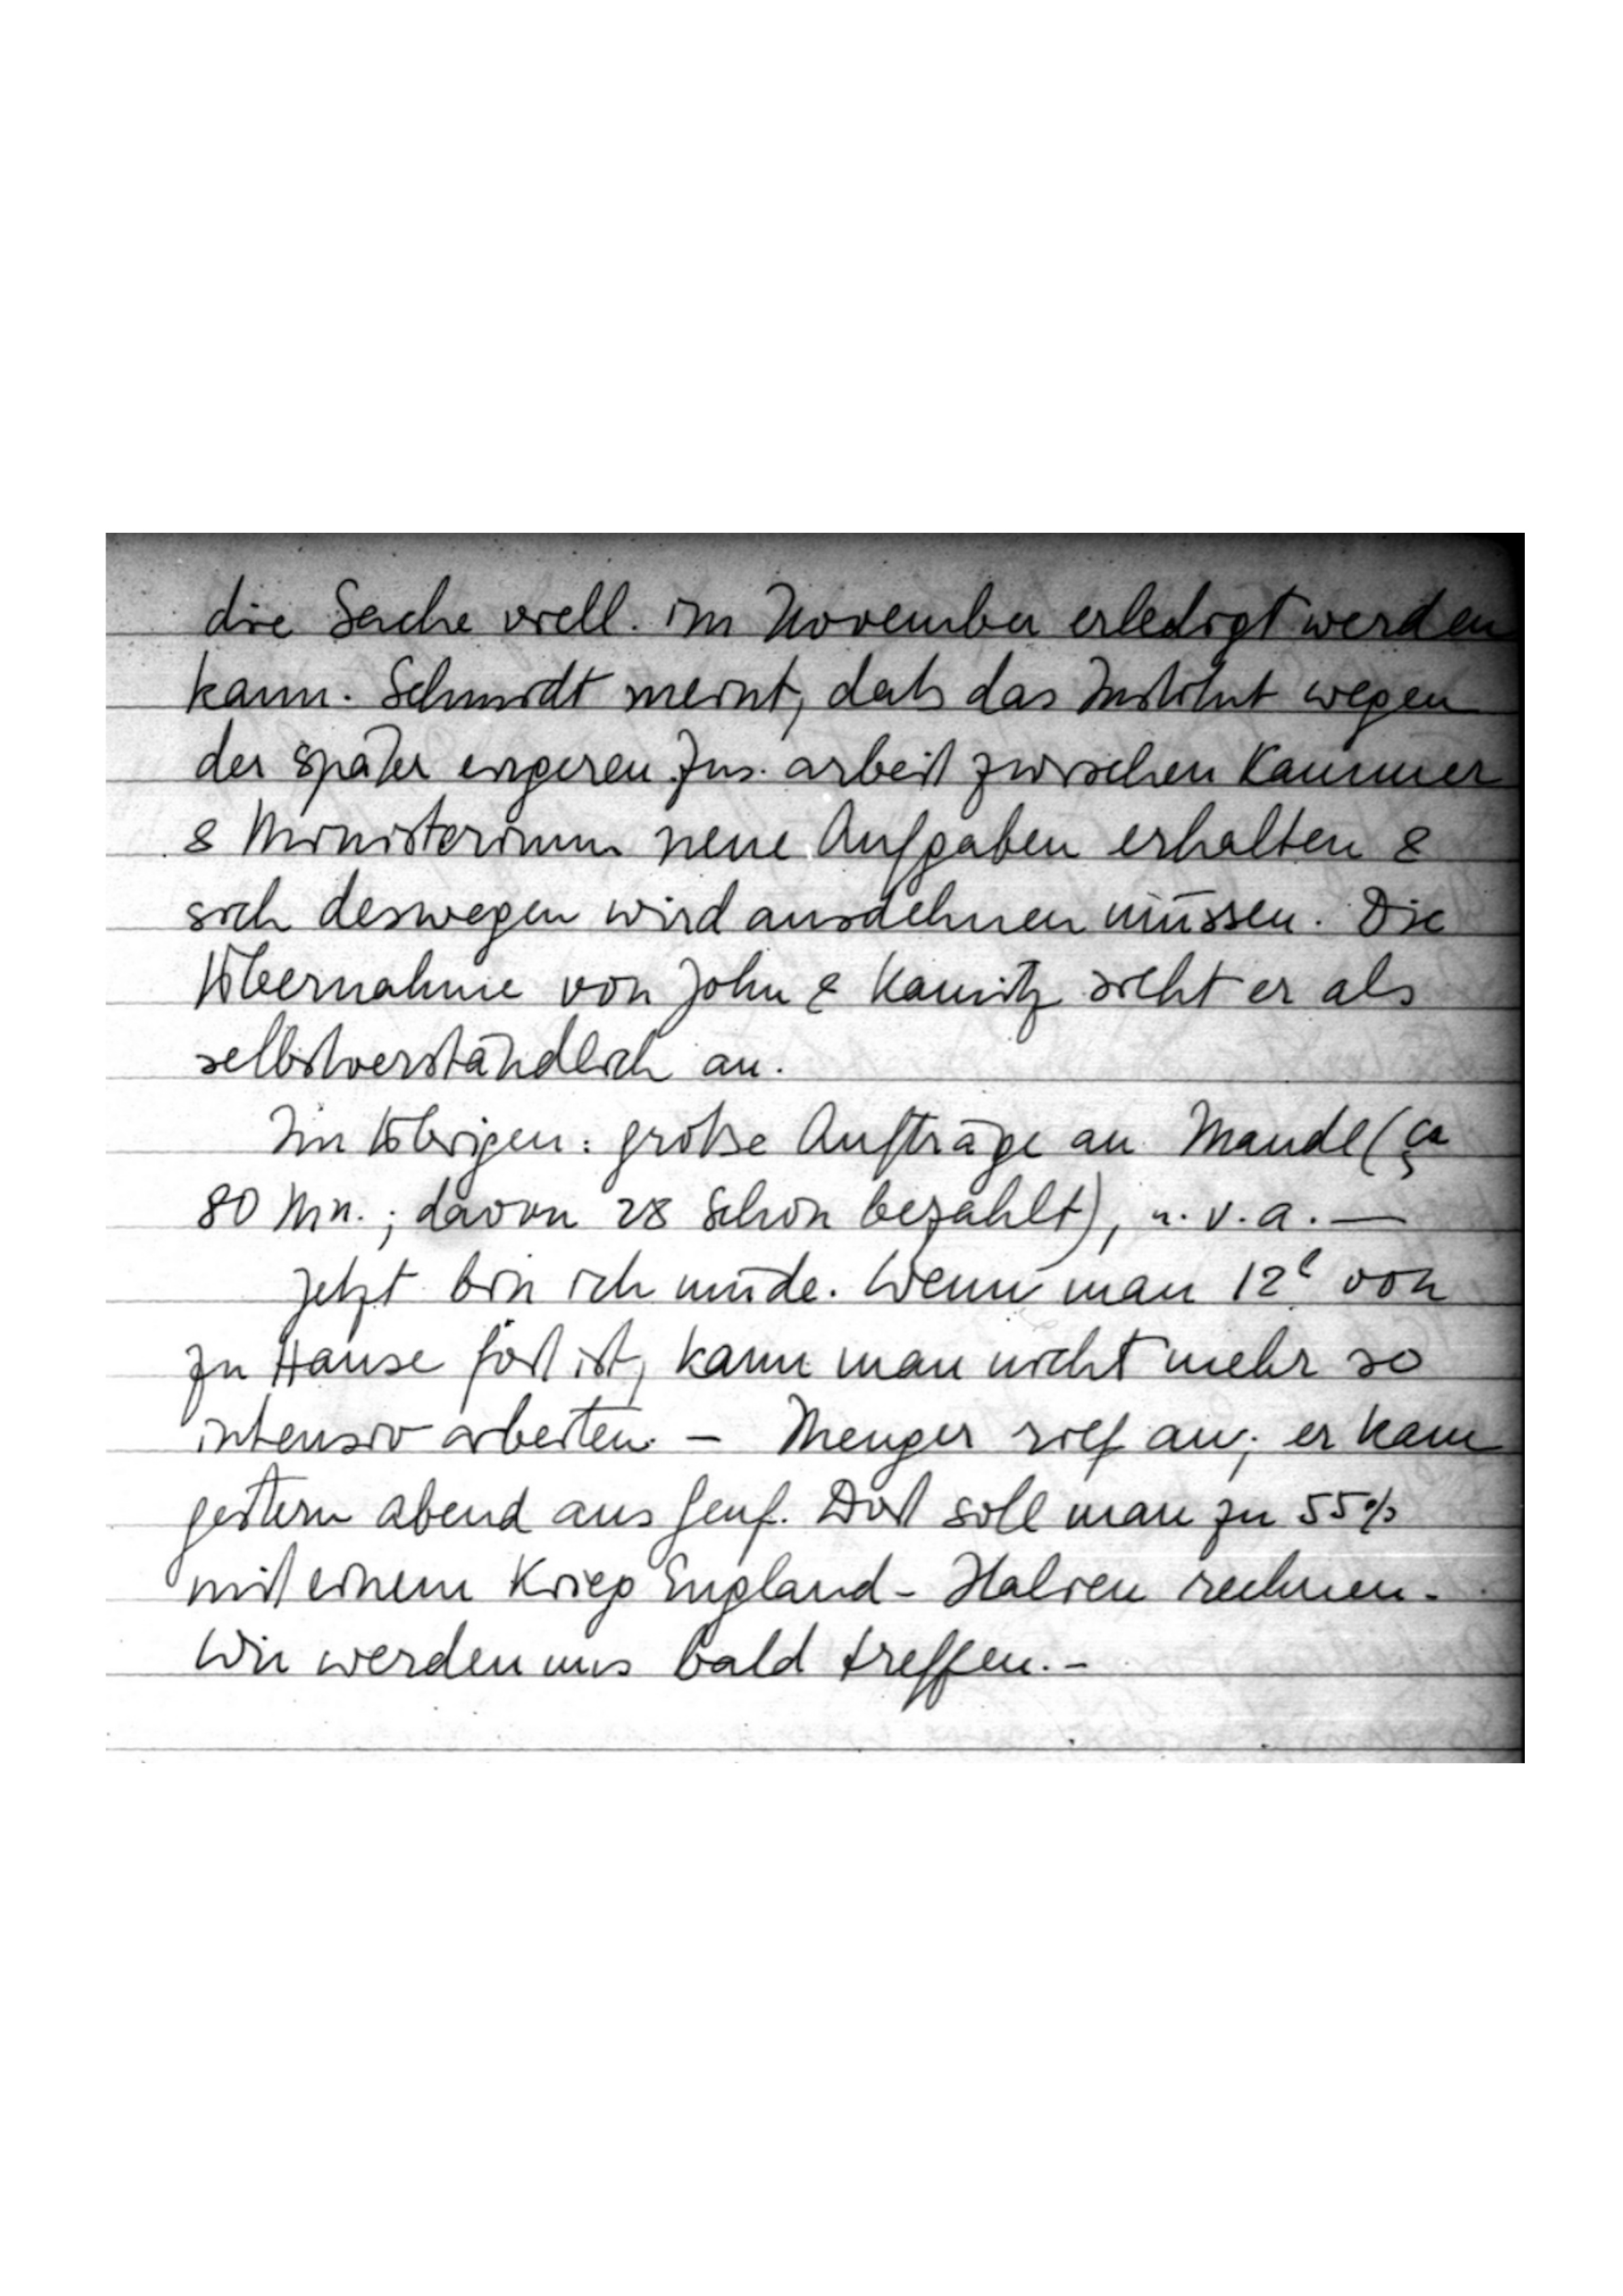
die Sache viell. im November erledigt werden
kann. Schmidt meint, daß das Institut wegen
der später engeren Zus.arbeit zwischen Kammer
& Ministerium neue Aufgaben erhalten &
sich deswegen wird ausdehnen müssen. Die
Übernahme von John & Kamitz sieht er als
selbstverständlich an.
Im Übrigen: große Aufträge an Mandl (ca
80 …; davon 28 schon bezahlt), u.v.a. –
Jetzt bin ich müde. Wenn man 12h von
zu Hause fort ist, kann man nicht mehr so
intensiv arbeiten. – Menger rief an; er kam
gestern Abend aus Genf. Dort soll man zu 55%
mit einem Krieg England-Italien rechnen.
Wir werden uns bald treffen.